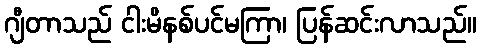
ဂျီတာသည် ငါးမိနစ်ပင်မကြာ၊ ပြန်ဆင်းလာသည်။